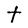
Character: t